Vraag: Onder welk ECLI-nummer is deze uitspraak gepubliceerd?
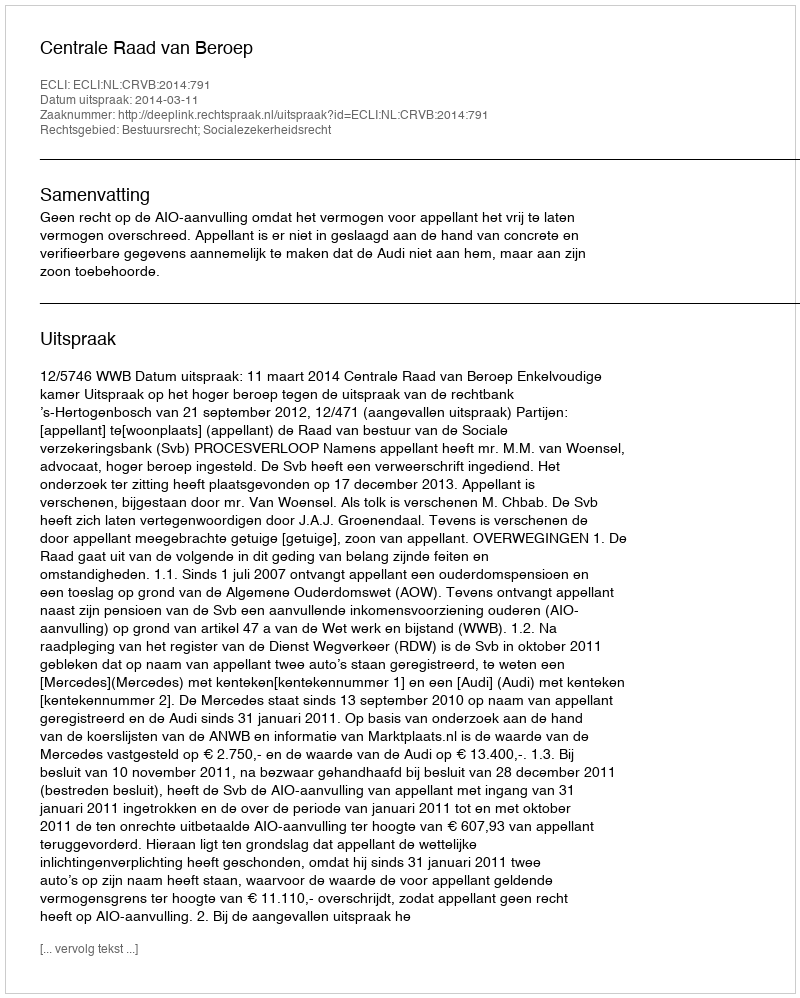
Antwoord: ECLI:NL:CRVB:2014:791